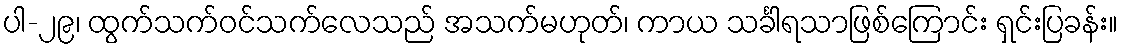
ပါ-၂၉၊ ထွက်သက်ဝင်သက်လေသည် အသက်မဟုတ်၊ ကာယ သင်္ခါရသာဖြစ်ကြောင်း ရှင်းပြခန်း။